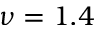
\nu = 1 . 4